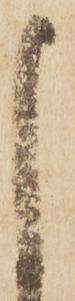
申